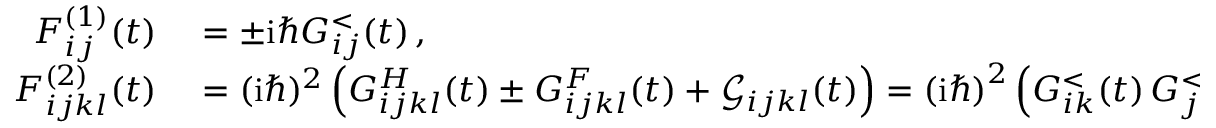
\begin{array} { r l } { { F } _ { i j } ^ { ( 1 ) } ( t ) } & { { } = \pm \mathrm { i } \hbar G _ { i j } ^ { < } ( t ) \, , } \\ { { F } _ { i j k l } ^ { ( 2 ) } ( t ) } & { { } = ( \mathrm { i } \hbar ) ^ { 2 } \left( { G } _ { i j k l } ^ { H } ( t ) \pm { G } _ { i j k l } ^ { F } ( t ) + \mathcal { G } _ { i j k l } ( t ) \right) = \left( \mathrm { i } \hbar \right) ^ { 2 } \left( G _ { i k } ^ { < } ( t ) \, G _ { j l } ^ { < } ( t ) \pm G _ { i l } ^ { < } ( t ) \, G _ { j k } ^ { < } ( t ) + \mathcal { G } _ { i j k l } ( t ) \right) , } \end{array}